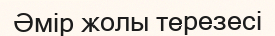
Әмір жолы терезесі